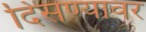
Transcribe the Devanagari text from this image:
दिसण्यावर